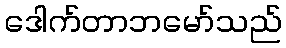
ဒေါက်တာဘမော်သည်